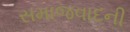
સમાજવાદની